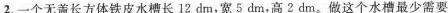
2. 一个无盖长方体铁皮水槽长12 dm，宽5dm，高2 dm。做这个水槽最少需要